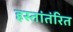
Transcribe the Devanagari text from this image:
हस्तांतंरित